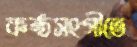
কণ্ঠসংগীতে